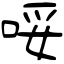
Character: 哸